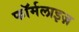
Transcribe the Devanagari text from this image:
फॉर्मलाइज़